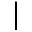
\vert